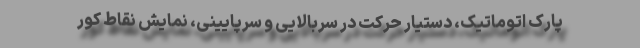
پارک اتوماتیک، دستیار حرکت در سربالایی و سرپایینی، نمایش نقاط کور